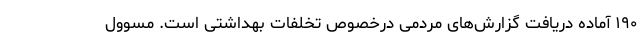
۱۹۰ آماده دریافت گزارش‌های مردمی درخصوص تخلفات بهداشتی است. مسوول